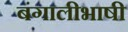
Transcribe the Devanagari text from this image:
बंगालीभाषी